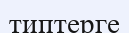
типтерге